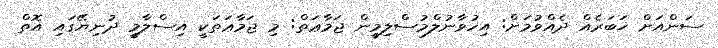
ސަންއަށް ޚަބަރެއް ދެއްވުމަށް: އިހުވާނުލްމުސްލިމީން ޖަމާޢަތް: މި ޖަމާޢަތަކީ އިސްލާމީ ދުނިޔޭގައި އޮތް